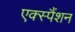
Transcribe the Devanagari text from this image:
एक्स्पैंशन